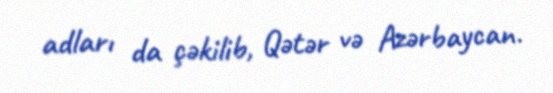
adları da çəkilib, Qətər və Azərbaycan.